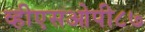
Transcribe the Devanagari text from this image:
व्हीएसओपी८७